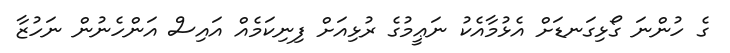
ގެ ހުންނަ ގޯޅިގަނޑަށް އެޅުމާއެކު ނަޢީމުގެ ރުޅިއަށް ފިނިކަމެއް އައިސް އަންހެނުން ނަހުޒާ